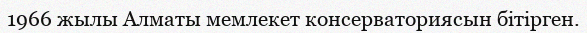
1966 жылы Алматы мемлекет консерваториясын бітірген.